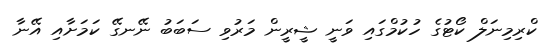
ކްރިމިނަލް ކޯޓުގެ ހުކުމްގައި ވަނީ ޝީރީން މަރުވި ސަބަބު ނޭނގޭ ކަމަށާއި އޭނާ